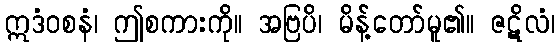
ဣဒံဝစနံ၊ ဤစကားကို။ အဗြပိ၊ မိန့်တော်မူ၏။ ဇဋိလံ၊